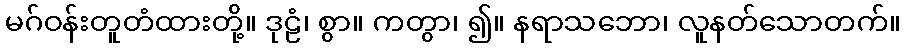
မဂ်ဝန်းတူတံထားတို့။ ဒုဠံ၊ စွာ။ ကတွာ၊ ၍။ နရာသဘော၊ လူနတ်သောတက်။